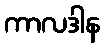
ကာလဒါန